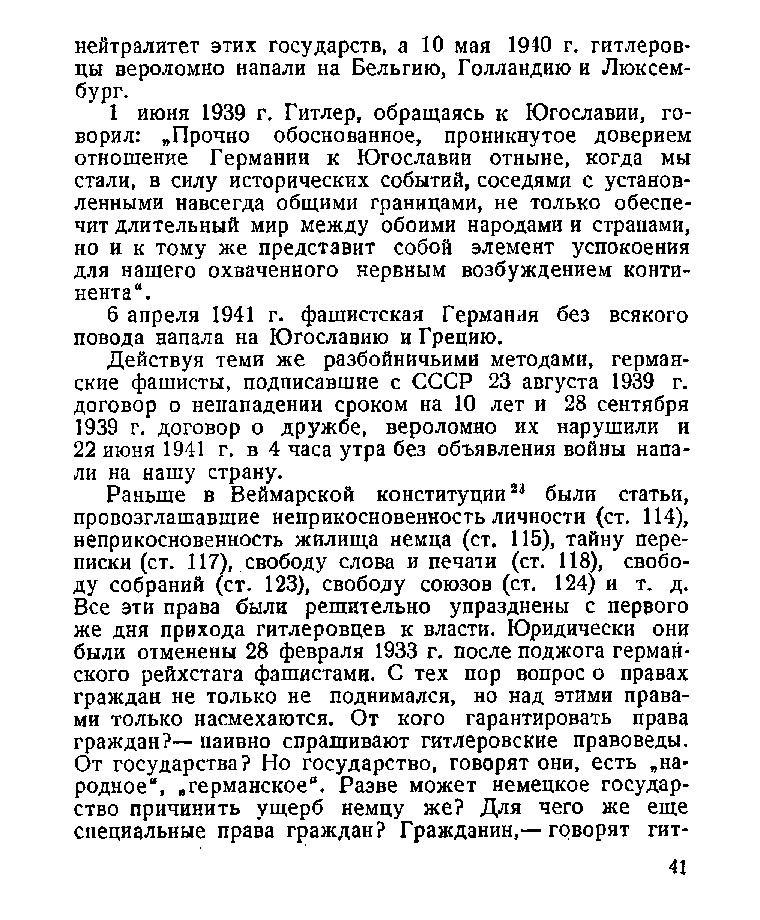
нейтралитет этих государств, а 10 мая 1940 г. гитлеров­
 цы вероломно напали на Бельгию, Голландию и Люксем­
 бург.
 1    июня 1939 г. Гитлер, обращаясь к Югославии, го­
 ворил: „Прочно обоснованное, проникнутое доверием
 отношение Германии к Югославии отныне, когда мы
 стали, в силу исторических событий, соседями с установ­
 ленными навсегда общими границами, не только обеспе­
 чит длительный мир между обоими народами и странами,
 но и к тому же представит собой элемент успокоения
 для нашего охваченного нервным возбуждением конти­
 нента“.
 6 апреля 1941 г. фашистская Германия без всякого
 повода напала на Югославию и Грецию.
 Действуя теми же разбойничьими методами, герман­
 ские фашисты, подписавшие с СССР 23 августа 1939 г.
 договор о ненападении сроком на 10 лет и 28 сентября
 1939 г. договор о дружбе, вероломно их нарушили и
 22 июня 1941 г. в 4 часа утра без объявления войны напа­
 ли на нашу страну.
 Раньше в Веймарской конституции23 были статьи,
 провозглашавшие неприкосновенность личности (ст. 114),
 неприкосновенность жилища немца (ст. 115), тайну пере­
 писки (ст. 117), свободу слова и печати (ст. 118), свобо­
 ду собраний (ст. 123), свободу союзов (ст. 124) и т. д.
 Все эти права были решительно упразднены с первого
 же дня прихода гитлеровцев к власти. Юридически они
 были отменены 28 февраля 1933 г. после поджога герман­
 ского рейхстага фашистами. С тех пор вопрос о правах
 граждан не только не поднимался, но над этими права­
 ми только насмехаются. От кого гарантировать права
 граждан?— наивно спрашивают гитлеровские правоведы.
 От государства? Но государство, говорят они, есть „на­
 родное“, „германское“. Разве может немецкое государ­
 ство причинить ущерб немцу же? Для чего же еще
 специальные права граждан? Гражданин,— говорят гит­
 41